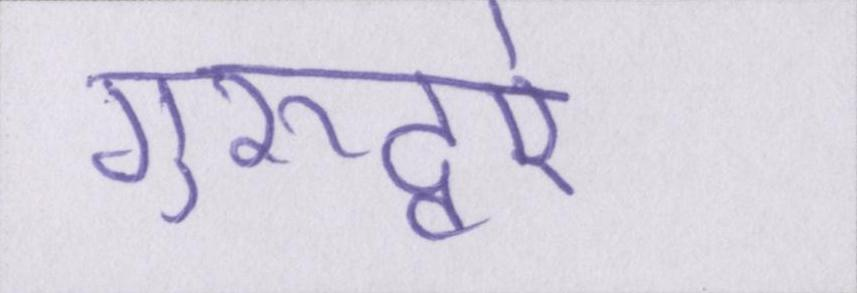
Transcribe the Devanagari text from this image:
गुरूद्वारे